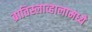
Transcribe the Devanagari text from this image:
ब्रातिस्लाव्हालामध्ये